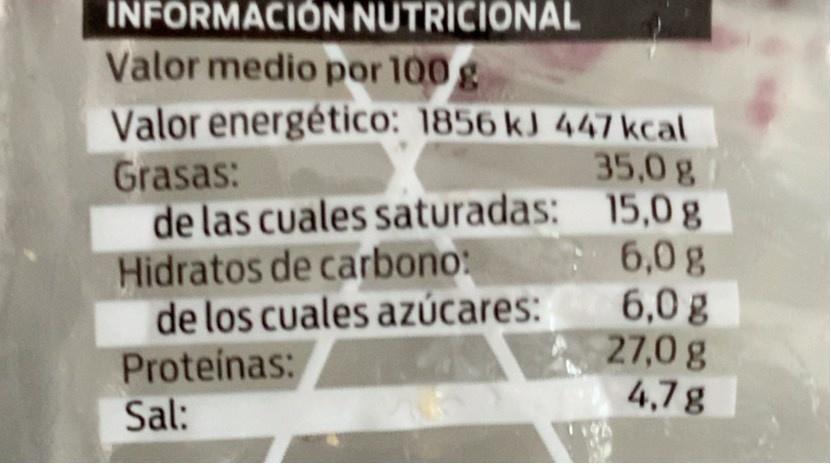
INFORMACIÓN NUTRICIONAL
Valor medio por 100g Valor energético: 1856 kJ 447 kcal
Grasas:
35,0g
de las cuales saturadas: 15,0 g 6,0g 6,0 g 27,0 g 4,7g
Hidratos de carbono: de los cuales azúcares:
Proteinas: Sal: